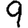
Digit: 9